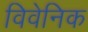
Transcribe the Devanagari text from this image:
विवेनिक